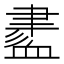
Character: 𧗁